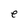
Character: e